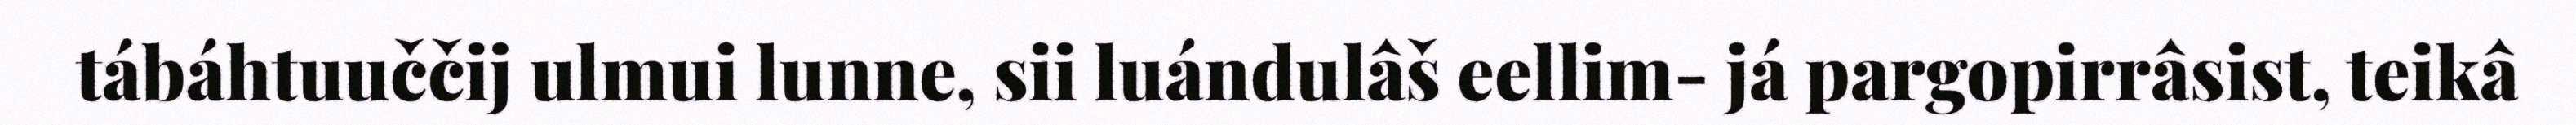
tábáhtuuččij ulmui lunne, sii luándulâš eellim- já pargopirrâsist, teikâ